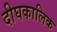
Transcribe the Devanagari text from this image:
दीघकालिक